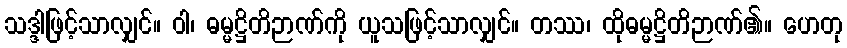
သဒ္ဒါဖြင့်သာလျှင်။ ဝါ၊ ဓမ္မဋ္ဌိတိဉာဏ်ကို ယူသဖြင့်သာလျှင်။ တဿ၊ ထိုဓမ္မဋ္ဌိတိဉာဏ်၏။ ဟေတု